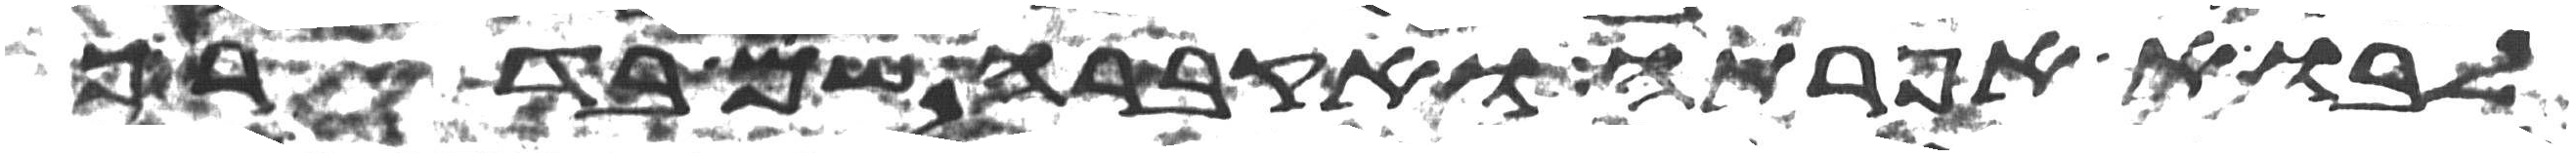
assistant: לבוא אפרתה ואקברה שם בדרך